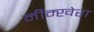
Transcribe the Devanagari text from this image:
नीम्खेरा